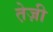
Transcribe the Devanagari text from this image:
ते़ज़ी